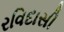
રવિદાસી